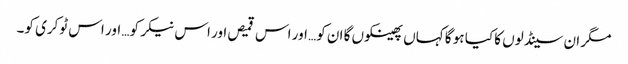
مگر ان سینڈلوں کا کیا ہو گا کہاں پھینکوں گا ان کو… اور اس قمیص اور اس نیکر کو… اور اس ٹوکری کو۔